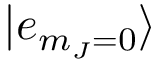
| e _ { m _ { J } = 0 } \rangle